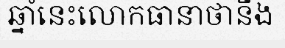
ឆ្នាំនេះលោកធានាថានឹង